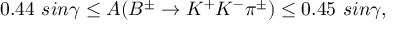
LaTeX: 0 . 4 4 ~ s i n \gamma \leq A ( B ^ { \pm } \to K ^ { + } K ^ { - } \pi ^ { \pm } ) \leq 0 . 4 5 ~ s i n \gamma ,